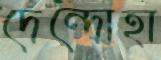
দেন্দোহা